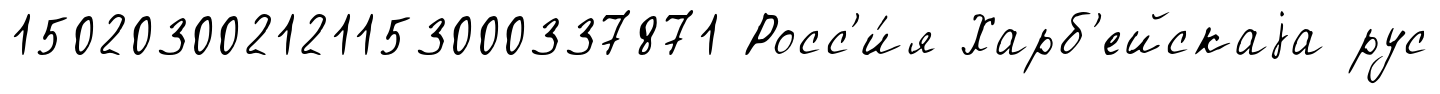
150203002121153000337871 Росс'и́я Харб'ейскаjа рус